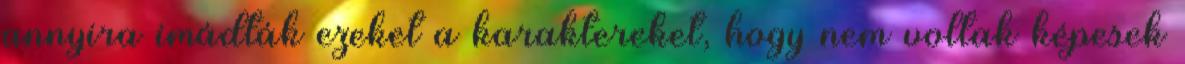
annyira imádták ezeket a karaktereket, hogy nem voltak képesek